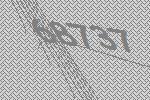
68737